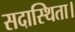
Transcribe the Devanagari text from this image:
सदास्थिता।